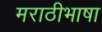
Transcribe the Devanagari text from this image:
मराठीभाषा